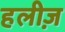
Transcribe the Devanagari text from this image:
हलीज़